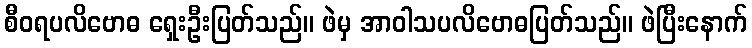
စီဝရပလိဗောဓ ရှေးဦးပြတ်သည်။ ဖဲမှ အာဝါသပလိဗောဓပြတ်သည်။ ဖဲပြီးနောက်